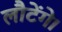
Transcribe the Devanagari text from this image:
लौटेंगे।